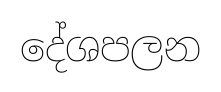
දේශපලන